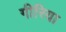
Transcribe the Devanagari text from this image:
गीरिया